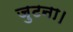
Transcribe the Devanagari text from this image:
जुटना।